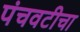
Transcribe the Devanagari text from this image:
पंचवटीचा